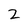
Character: 2